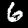
Label: 6